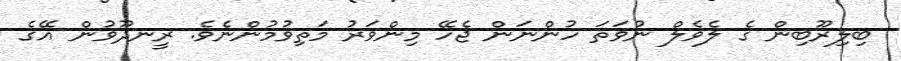
ބިލިރޫބިން ގެ ލެވެލް ނުވަތަ ހުންނަން ޖެހޭ މިންވަރު މަތިވުމުންނެވެ. ރީނދޫވުން އޭގެ